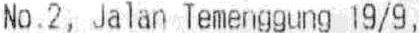
NO.2, JALAN TEMENGGUNG 19/9,